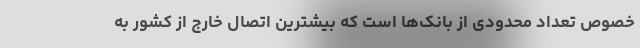
خصوص تعداد محدودی از بانک‌ها است که بیشترین اتصال خارج از کشور به